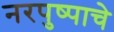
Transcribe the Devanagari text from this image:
नरपुष्पाचे